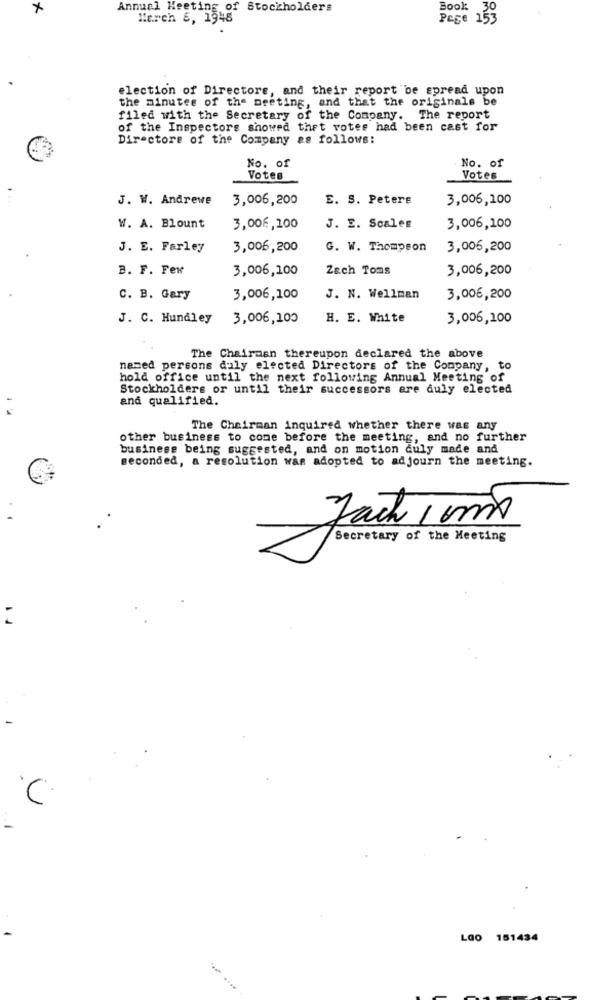
Annual Meeting of Stockholders
Book: 30
Herch &, 1945
Pege 153
election of Directors, and their report be spread upon
the minutes of the meeting, and that the originals be
filed with the Secretary of the Company. The report
of the Inspectors showed that votes had been cast for
Directore of the Company as follows:
No. of
No. of
Votes
Votes
J. W. Andrewe
3,006,200
E. S. Peters
3,006,100
W. A. Blount
3,00€,100
J. E. Scales
3,006,100
J. E. Farley
3,006,200
G. W. Thompson
3,006,200
B. F. Few
3,006,100
Zach Toms
3,006,200
C. B. Gary
3,006,100
J. N. Wellman
3,00€,200
J. C. Hundley
3,006,100
H. E. White
3,006,100
The Chairman thereupon declared the above
named persons duly elected Directors of the Company, to
hold office until the next following Annual Meeting of
Stockholders or until their successors are duly elected
and qualified.
The Chairman inquired whether there was any
other business to come before the meeting, and no further
business being suggested, and on motion duly made and
seconded, a resolution was adopted to adjourn the meeting.
..
Fach 1 um
Secretary of the Meeting
1.
-
C
LOo 151434